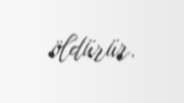
öldürür.